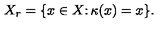
X _ { r } = \{ x \in X \colon \kappa ( x ) = x \} .